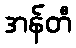
အန်တီ